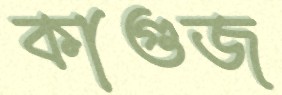
কাগুজ